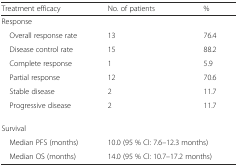
<table><thead><tr><td><b>Treatment efficacy</b></td><td><b>No. of patients</b></td><td><b>%</b></td></tr></thead><tbody><tr><td colspan="3">Response</td></tr><tr><td> Overall response rate</td><td>13</td><td>76.4</td></tr><tr><td> Disease control rate</td><td>15</td><td>88.2</td></tr><tr><td> Complete response</td><td>1</td><td>5.9</td></tr><tr><td> Partial response</td><td>12</td><td>70.6</td></tr><tr><td> Stable disease</td><td>2</td><td>11.7</td></tr><tr><td> Progressive disease</td><td>2</td><td>11.7</td></tr><tr><td colspan="3">Survival</td></tr><tr><td> Median PFS (months)</td><td colspan="2">10.0 (95 % CI: 7.6–12.3 months)</td></tr><tr><td> Median OS (months)</td><td colspan="2">14.0 (95 % CI: 10.7–17.2 months)</td></tr></tbody></table>